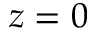
z = 0